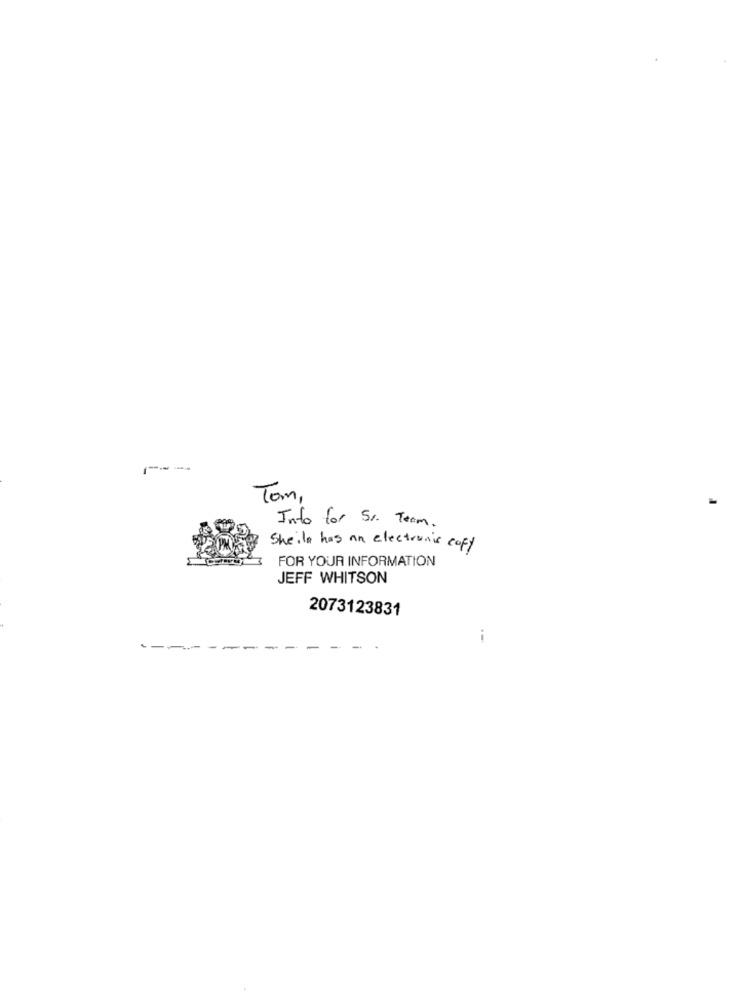
---
Tom,
Info for Sr. Team.
Sheila has an electronic copy
FOR YOUR INFORMATION
JEFF WHITSON
2073123831
--
- ---- -
---